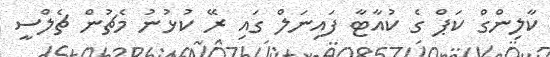
ކާލިންގް ކަޕް ގެ ކުއާޓާ ފައިނަލް ގައި ރޭ ކުޅުނު މެޗުން ޗެލްސީ